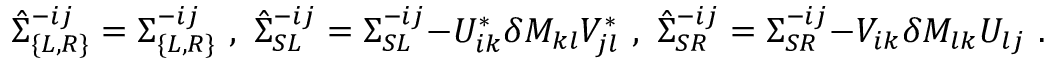
\hat { \Sigma } _ { \{ L , R \} } ^ { - i j } = \Sigma _ { \{ L , R \} } ^ { - i j } \, \, , \, \, \hat { \Sigma } _ { S L } ^ { - i j } = \Sigma _ { S L } ^ { - i j } { - U _ { i k } ^ { * } \delta { \cal M } _ { k l } V _ { j l } ^ { * } } \, \, , \, \, \hat { \Sigma } _ { S R } ^ { - i j } = \Sigma _ { S R } ^ { - i j } { - V _ { i k } \delta { \cal M } _ { l k } U _ { l j } } \, \, .